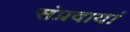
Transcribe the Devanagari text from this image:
संप्रदायां